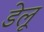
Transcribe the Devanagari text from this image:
डेलू